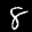
Label: 8